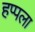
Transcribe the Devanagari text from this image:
हप्पला